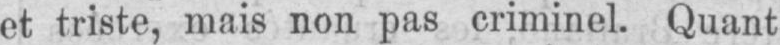
et triste, mais non pas criminel. Quant